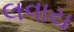
લવાય